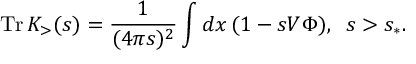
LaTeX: \mathrm { T r } \, K _ { > } ( s ) = \frac { 1 } { ( 4 \pi s ) ^ { 2 } } \int d x \, ( 1 - s V \Phi ) , \, \, \, s > s _ { \ast } .